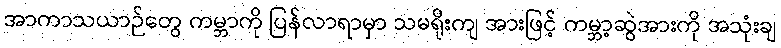
အာကာသယာဉ်တွေ ကမ္ဘာကို ပြန်လာရာမှာ သမရိုးကျ အားဖြင့် ကမ္ဘာ့ဆွဲအားကို အသုံးချ